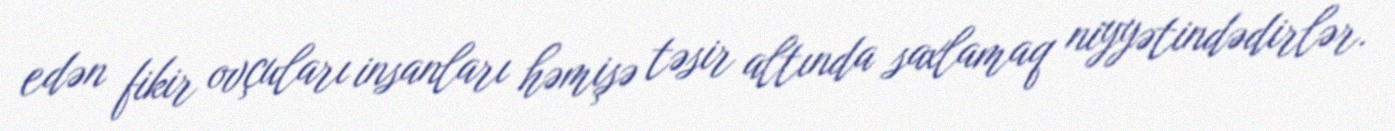
edən fikir ovçuları insanları həmişə təsir altında saxlamaq niyyətindədirlər.